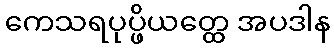
ကေသရပုပ္ဖိယတ္ထေ အပဒါန